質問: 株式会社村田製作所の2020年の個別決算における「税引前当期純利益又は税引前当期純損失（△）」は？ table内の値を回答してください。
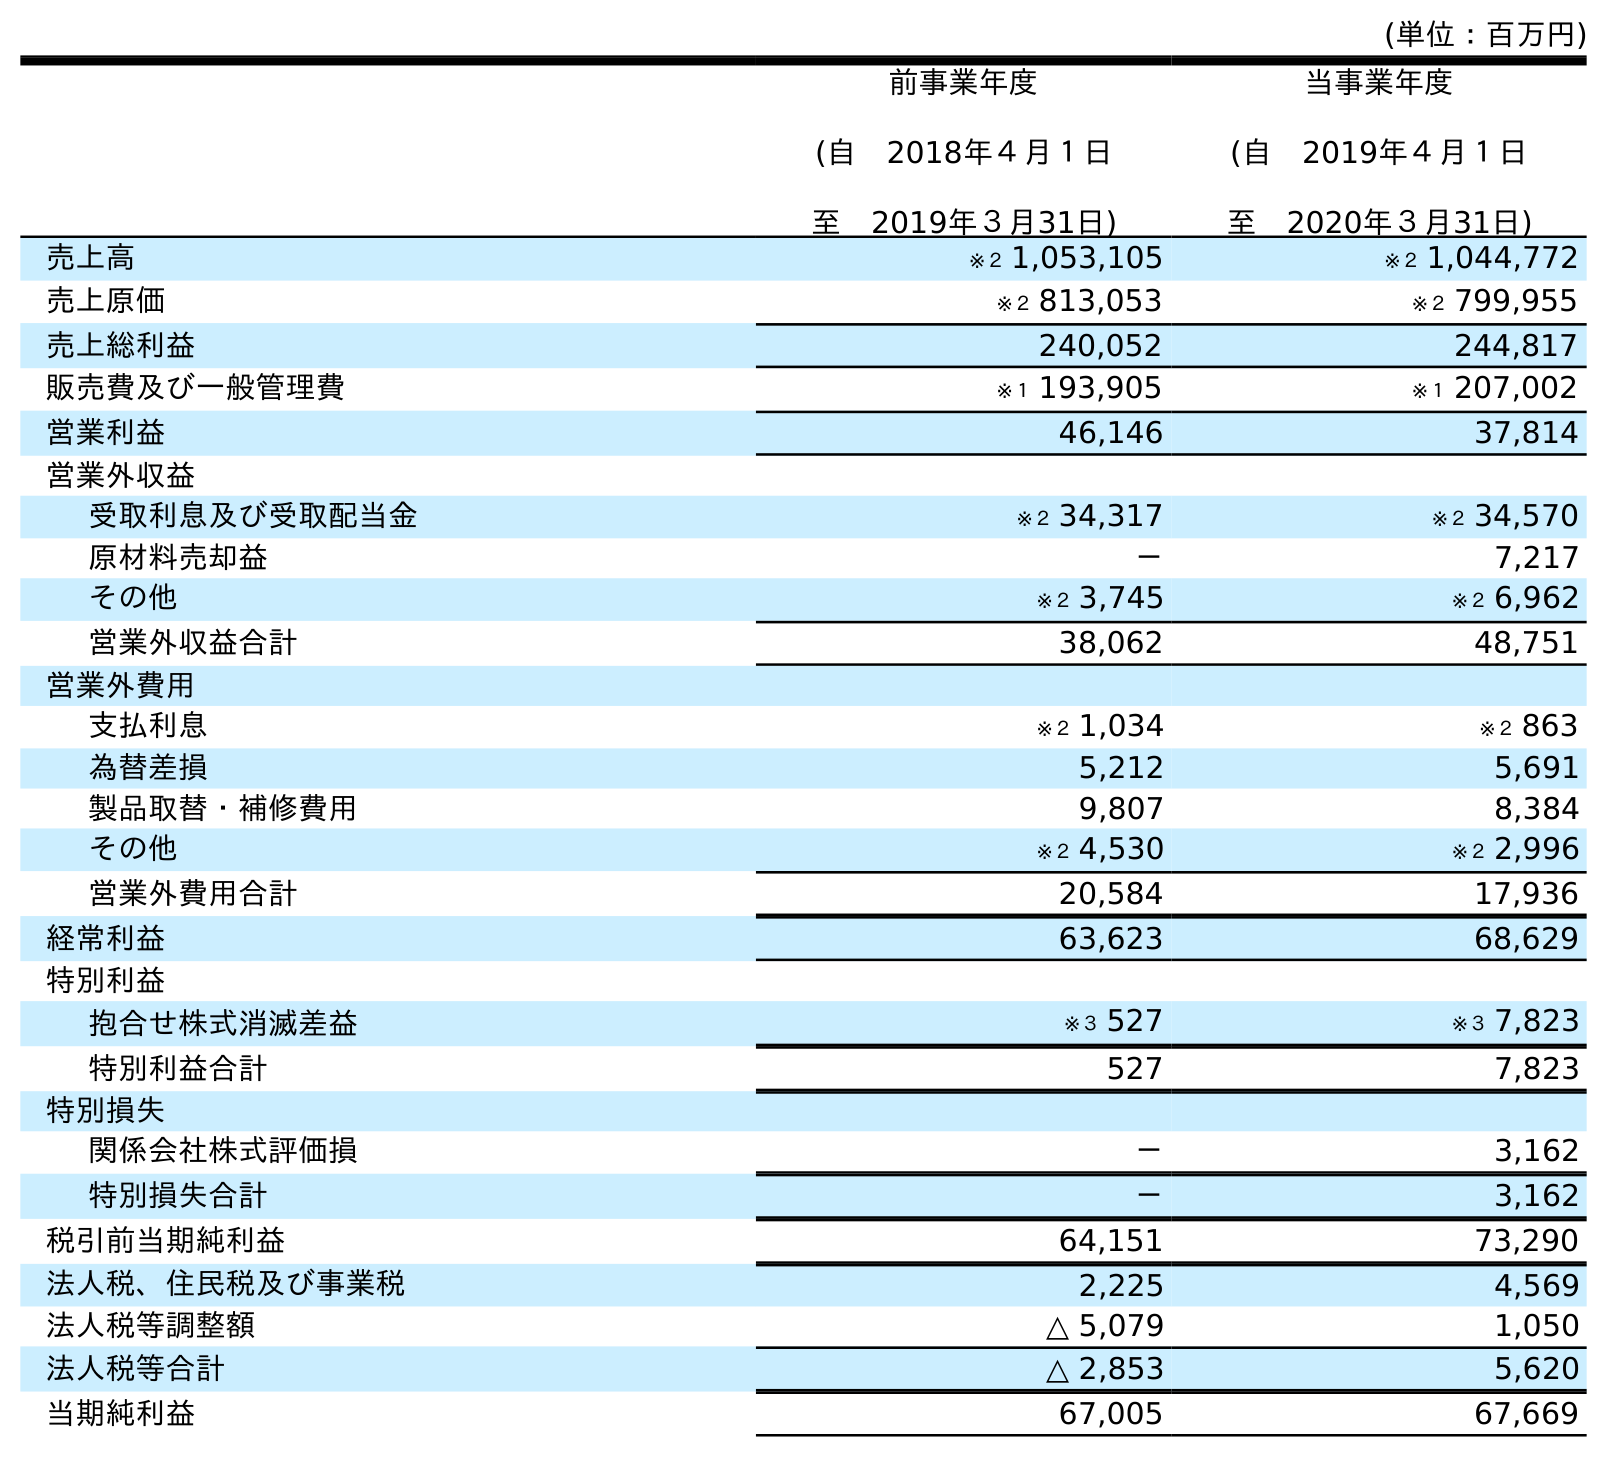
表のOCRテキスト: (単位：百万円) 前事業年度 (自 2018年４月１日 至 2019年３月31日) 当事業年度 (自 2019年４月１日 至 2020年３月31日) 売上高 ※２ 1,053,105 ※２ 1,044,772 売上原価 ※２ 813,053 ※２ 799,955 売上総利益 240,052 244,817 販売費及び一般管理費 ※１ 193,905 ※１ 207,002 営業利益 46,146 37,814 営業外収益 受取利息及び受取配当金 ※２ 34,317 ※２ 34,570 原材料売却益 － 7,217 その他 ※２ 3,745 ※２ 6,962 営業外収益合計 38,062 48,751 営業外費用 支払利息 ※２ 1,034 ※２ 863 為替差損 5,212 5,691 製品取替・補修費用 9,807 8,384 その他 ※２ 4,530 ※２ 2,996 営業外費用合計 20,584 17,936 経常利益 63,623 68,629 特別利益 抱合せ株式消滅差益 ※３ 527 ※３ 7,823 特別利益合計 527 7,823 特別損失 関係会社株式評価損 － 3,162 特別損失合計 － 3,162 税引前当期純利益 64,151 73,290 法人税、住民税及び事業税 2,225 4,569 法人税等調整額 △ 5,079 1,050 法人税等合計 △ 2,853 5,620 当期純利益 67,005 67,669
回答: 73,290